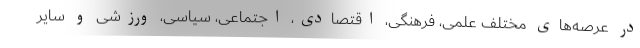
در عرصه‌های مختلف علمی، فرهنگی، اقتصادی، اجتماعی، سیاسی، ورزشی و سایر